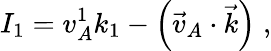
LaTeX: I_{1}=v_{A}^{1}k_{1}-\left(\vec{v}_{A}\cdot\vec{k}\right)\; ,